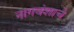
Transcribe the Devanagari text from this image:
नागवंशाचे